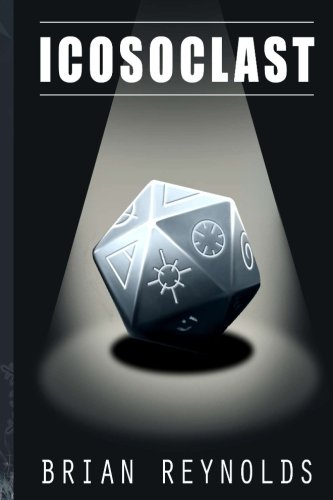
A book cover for Icosoclast; Brian Reynolds; Science Fiction & Fantasy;